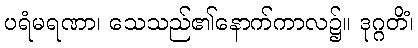
ပရံမရဏာ၊ သေသည်၏နောက်ကာလ၌။ ဒုဂ္ဂတိံ၊